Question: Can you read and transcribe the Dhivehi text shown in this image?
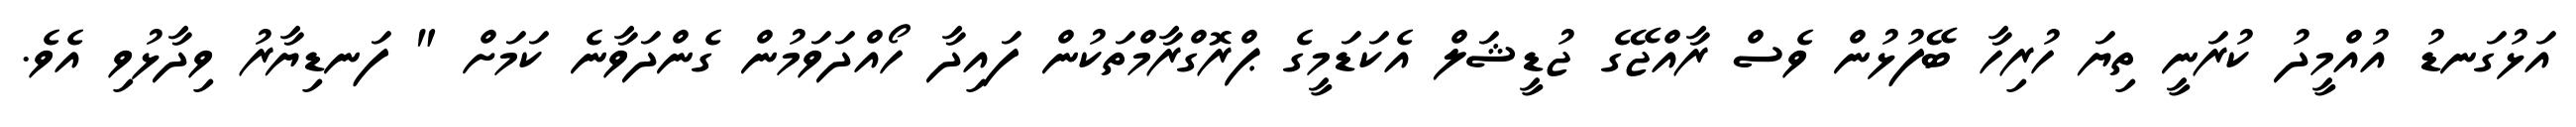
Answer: އަޅުގަނޑު އުއްމީދު ކުރަނީ ތިޔަ ހުރިހާ ބޭފުޅުން ވެސް ރާއްޖޭގެ ޖުޑީޝަލް އެކަޑަމީގެ ޕްރޮގްރާމްތަކުން ފައިދާ ހޯއްދަވަމުން ގެންދަވާނެ ކަމަށް " ފަނޑިޔާރު ވިދާޅުވި އެވެ.